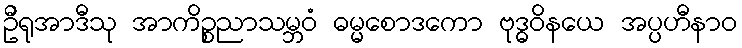
ဦရုအာဒီသု အာကိဉ္စညာသမ္ဘဝံ ဓမ္မစောဒကော ဗုဒ္ဓဝိနယေ အပ္ပဟီနာဝ